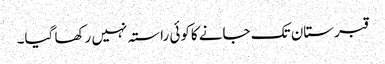
قبرستان تک جانے کاکوئی راستہ نہیں رکھا گیا۔